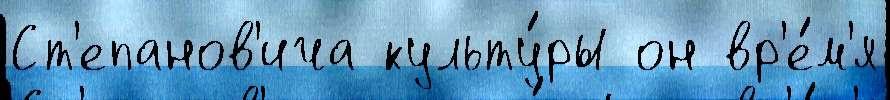
Ст'епанов'ича культу́ры он вр'е́м'я